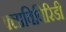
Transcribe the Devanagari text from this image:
फ्लाविविरिडी